Assam Mental Hospital (Tezpur, India) - 1933-1948
Year: 1933
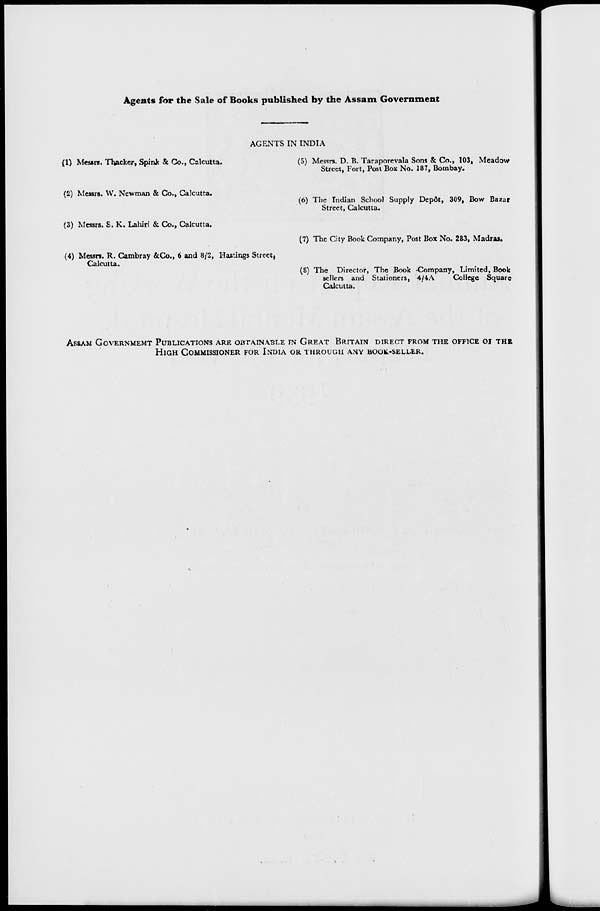
Agents for the Sale of Books published by the Assam Government
AGENTS IN INDIA
(1) Messrs. Thacker, Spink & Co., Calcutta.
(2) Messrs. W. Newman & Co., Calcutta.
(3) Messrs. S. K. Lahiri & Co., Calcutta.
(4) Messrs. R. Cambray &Co., 6 and 8/2, Hastings Street,
Calcutta.
(5) Messrs. D. B. Taraporevala Sons & Co., 103, Meadow
Street, Fort, Post Box No. 187, Bombay.
(6) The Indian School Supply Depôt, 309, Bow Bazar
Street, Calcutta.
(7) The City Book Company, Post Box No. 283, Madras.
(8) The Director, The Book Company, Limited, Book
sellers and Stationers, 4/4A
College Square
Calcutta.
ASSAM GOVERNMENT PUBLICATIONS ARE OBTAINABLE IN GREAT BRITAIN DIRECT FROM THE OFFICE OF THE
HIGH COMMISSIONER FOR INDIA OR THROUGH ANY BOOK-SELLER.